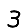
Digit: 3